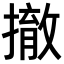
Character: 撤